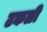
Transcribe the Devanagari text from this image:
टकळी